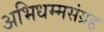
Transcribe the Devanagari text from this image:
अभिधम्मसंग्रह